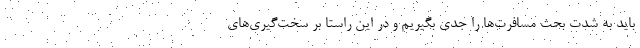
باید به شدت بحث مسافرت‌ها را جدی بگیریم و در این راستا بر سخت‌گیری‌های